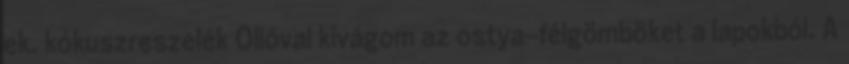
ek. kókuszreszelék Ollóval kivágom az ostya-félgömböket a lapokból. A